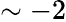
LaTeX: \sim-2